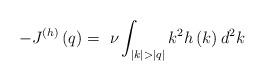
LaTeX: \begin{align*}-J^{(h)}\left( q \right)=~\nu\int_{|k|>|q|}{k^{2}h\left( k \right)d^{2}k}\end{align*}